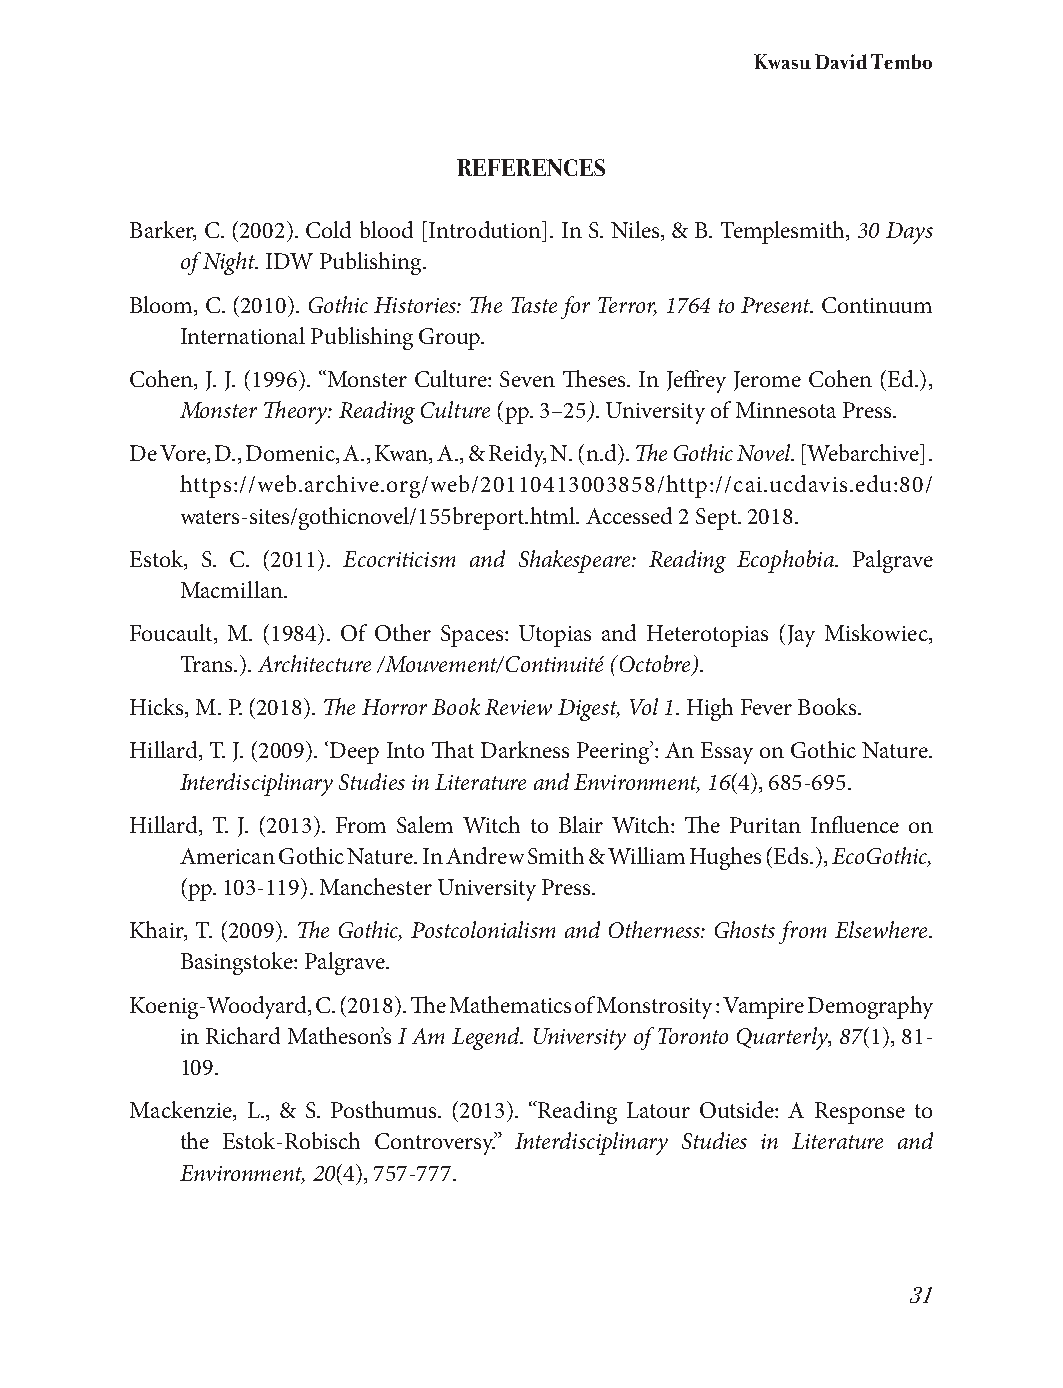
Kwasu David Tembo
 REFERENCES
 Barker, C. (2002). Cold blood [Introdution]. In S. Niles, & B. Templesmith, 30 Days
 of Night. IDW Publishing.
 Bloom, C. (2010). Gothic Histories: The Taste for Terror, 1764 to Present. Continuum
 International Publishing Group.
 Cohen, J. J. (1996). ‘‘Monster Culture: Seven Theses. In Jeffrey Jerome Cohen (Ed.),
 Monster Theory: Reading Culture (pp. 3–25). University of Minnesota Press.
 De Vore, D., Domenic, A., Kwan, A., & Reidy, N. (n.d). The Gothic Novel. [Webarchive].
 https://web.archive.org/web/20110413003858/http://cai.ucdavis.edu:80/
 waters-sites/gothicnovel/155breport.html. Accessed 2 Sept. 2018.
 Estok, S. C. (2011). Ecocriticism and Shakespeare: Reading Ecophobia. Palgrave
 Macmillan.
 Foucault, M. (1984). Of Other Spaces: Utopias and Heterotopias (Jay Miskowiec,
 Trans.). Architecture /Mouvement/Continuité (Octobre).
 Hicks, M. P. (2018). The Horror Book Review Digest, Vol 1. High Fever Books.
 Hillard, T. J. (2009). ‘Deep Into That Darkness Peering’: An Essay on Gothic Nature.
 Interdisciplinary Studies in Literature and Environment, 16(4), 685-695.
 Hillard, T. J. (2013). From Salem Witch to Blair Witch: The Puritan Influence on
 American Gothic Nature. In Andrew Smith & William Hughes (Eds.), EcoGothic,
 (pp. 103-119). Manchester University Press.
 Khair, T. (2009). The Gothic, Postcolonialism and Otherness: Ghosts from Elsewhere.
 Basingstoke: Palgrave.
 Koenig-Woodyard, C. (2018). The Mathematics of Monstrosity : Vampire Demography
 in Richard Matheson’s I Am Legend. University of Toronto Quarterly, 87(1), 81-
 109.
 Mackenzie, L., & S. Posthumus. (2013). “Reading Latour Outside: A Response to
 the Estok-Robisch Controversy.” Interdisciplinary Studies in Literature and
 Environment, 20(4), 757-777.
 31